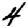
Digit: 4